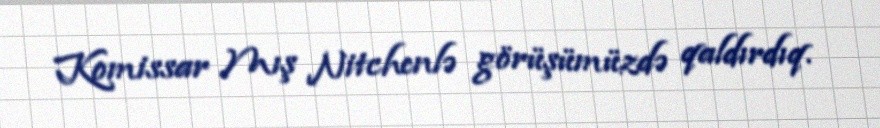
Komissar Mış Nitchenlə görüşümüzdə qaldırdıq.